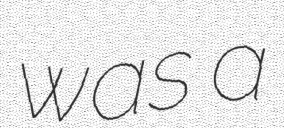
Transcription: was a